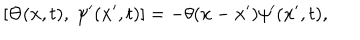
\left[ \Theta ( { \bf x } , t ) , ~ \psi ^ { \prime } ( { \bf x } ^ { \prime } , t ) \right] = - \theta ( { \bf x } - { \bf x } ^ { \prime } ) \psi ^ { \prime } ( { \bf x } ^ { \prime } , t ) ,